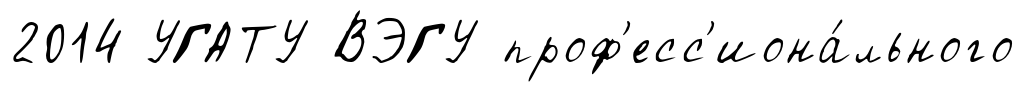
2014 УГАТУ ВЭГУ проф'есс'иона́льного